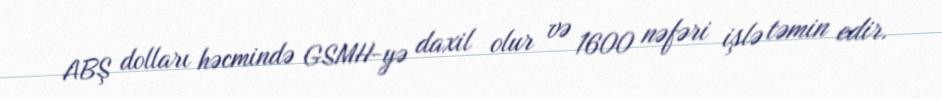
ABŞ dolları həcmində GSMH-yə daxil olur və 1600 nəfəri işlə təmin edir.